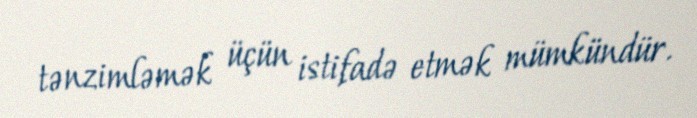
tənzimləmək üçün istifadə etmək mümkündür.